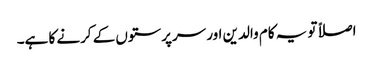
اصلاً تو یہ کام والدین اور سرپرستوں کے کرنے کا ہے۔